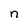
Character: n